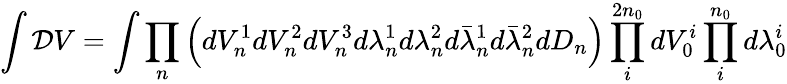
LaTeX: \int{\cal D}V=\int\prod_{n}\left(dV_{n}^{1}dV_{n}^{2}dV_{n}^{3}d\lambda_{n}^{1}d\lambda_{n}^{2}d\bar{\lambda}_{n}^{1}d\bar{\lambda}_{n}^{2}dD_{n}\right)\prod_{i}^{2n_{0}}dV_{0}^{i}\prod_{i}^{n_{0}}d\lambda_{0}^{i}